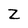
Character: Z